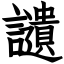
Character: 讉